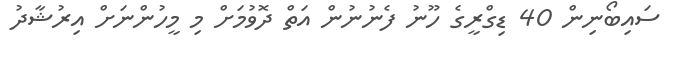
ސައިބޯނިން 40 ޑިގްރީގެ ހޫނު ފެނުނުން އަތް ދޮވުމަށް މި މީހުންނަށް އިރުޝާދު